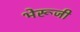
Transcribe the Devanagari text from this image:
भेरूजी